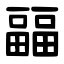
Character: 㽬